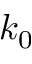
k _ { 0 }